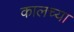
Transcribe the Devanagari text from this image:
कालच्या